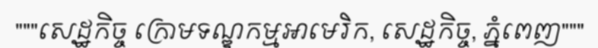
"""សេដ្ឋកិច្ច ក្រោមទណ្ឌកម្មអាមេរិក, សេដ្ឋកិច្ច, ភ្នំពេញ"""